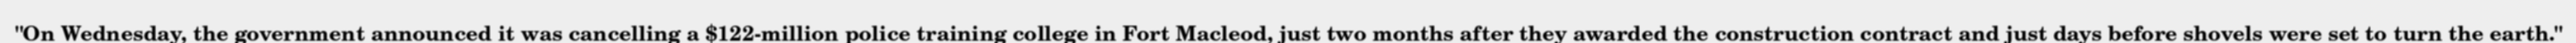
"On Wednesday, the government announced it was cancelling a $122-million police training college in Fort Macleod, just two months after they awarded the construction contract and just days before shovels were set to turn the earth."